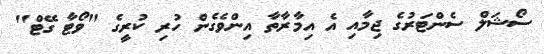
ސޯޝަލް ސެންޓަރުގެ ޖިމާއި އެ އިމާރާތާ އިންވެގެން ހުރި ކުރީގެ "ވޯޓާ ގޭޓް"